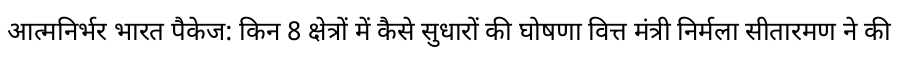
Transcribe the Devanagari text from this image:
आत्मनिर्भर भारत पैकेज: किन 8 क्षेत्रों में कैसे सुधारों की घोषणा वित्त मंत्री निर्मला सीतारमण ने की